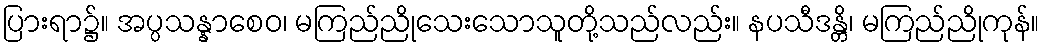
ပြားရာ၌။ အပ္ပသန္နာစေဝ၊ မကြည်ညိုသေးသောသူတို့သည်လည်း။ နပသီဒန္တိ၊ မကြည်ညိုကုန်။